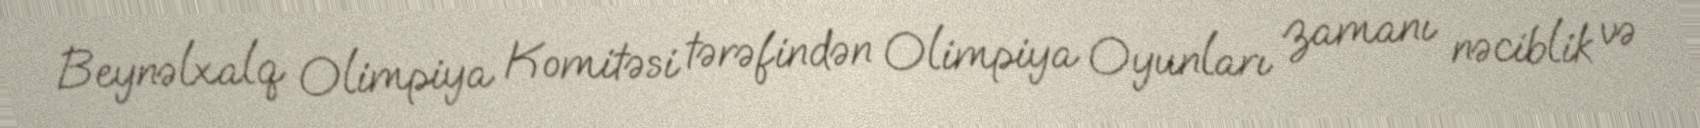
Beynəlxalq Olimpiya Komitəsi tərəfindən Olimpiya Oyunları zamanı nəciblik və